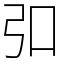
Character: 𪪺